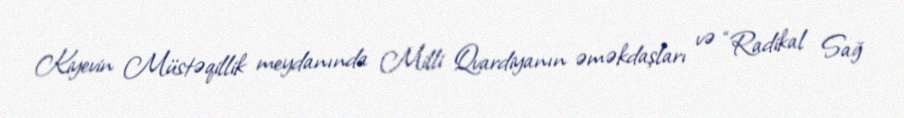
Kiyevin Müstəqillik meydanında Milli Qvardiyanın əməkdaşları və “Radikal Sağ